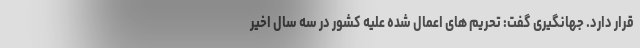
قرار دارد. جهانگیری گفت: تحریم های اعمال شده علیه کشور در سه سال اخیر